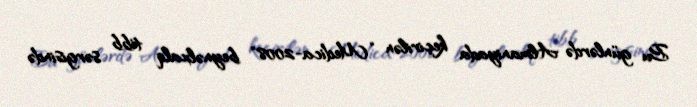
Bu günlərdə Almaniyada keçirilən “Medica-2008" beynəlxalq tibb sərgisində